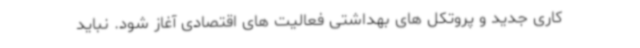
کاری جدید و پروتکل های بهداشتی فعالیت های اقتصادی آغاز شود. نباید